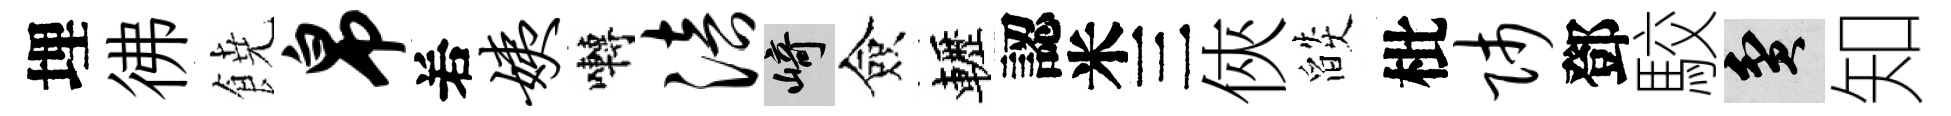
埋彿𩜙帛𠰥姨囀涪崎僉轣認米三俠燄枇师鄧駮貧知